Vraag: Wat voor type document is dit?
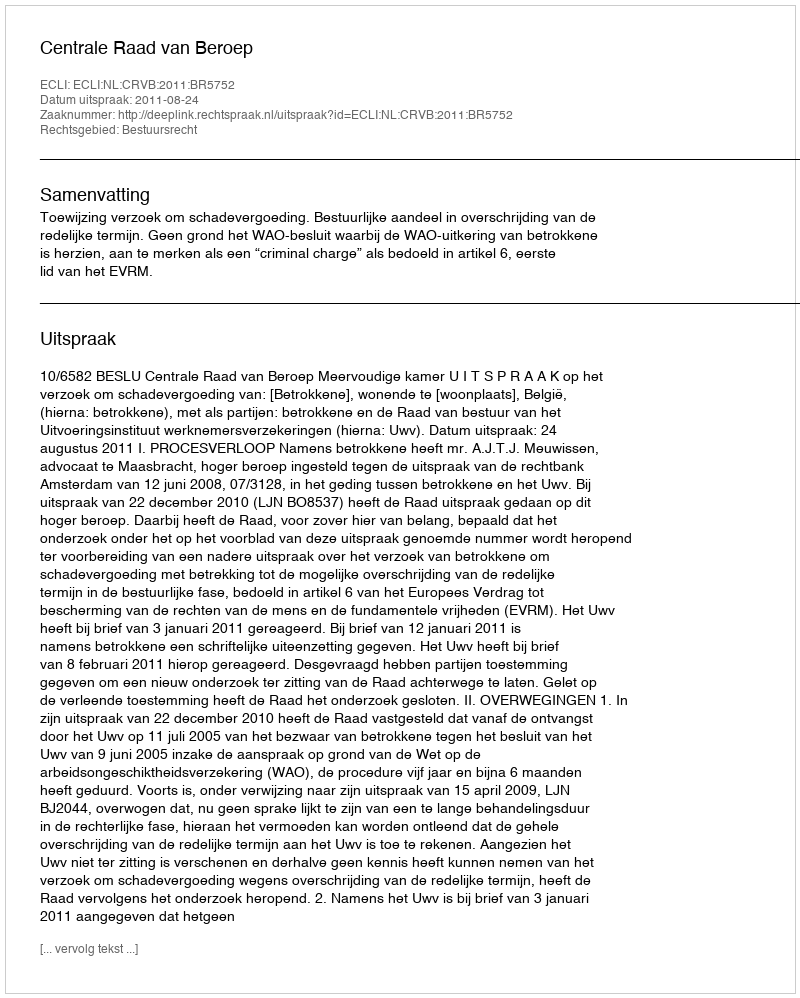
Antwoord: Uitspraak